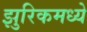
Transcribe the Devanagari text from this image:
झुरिकमध्ये